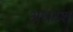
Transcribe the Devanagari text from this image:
अधय्श